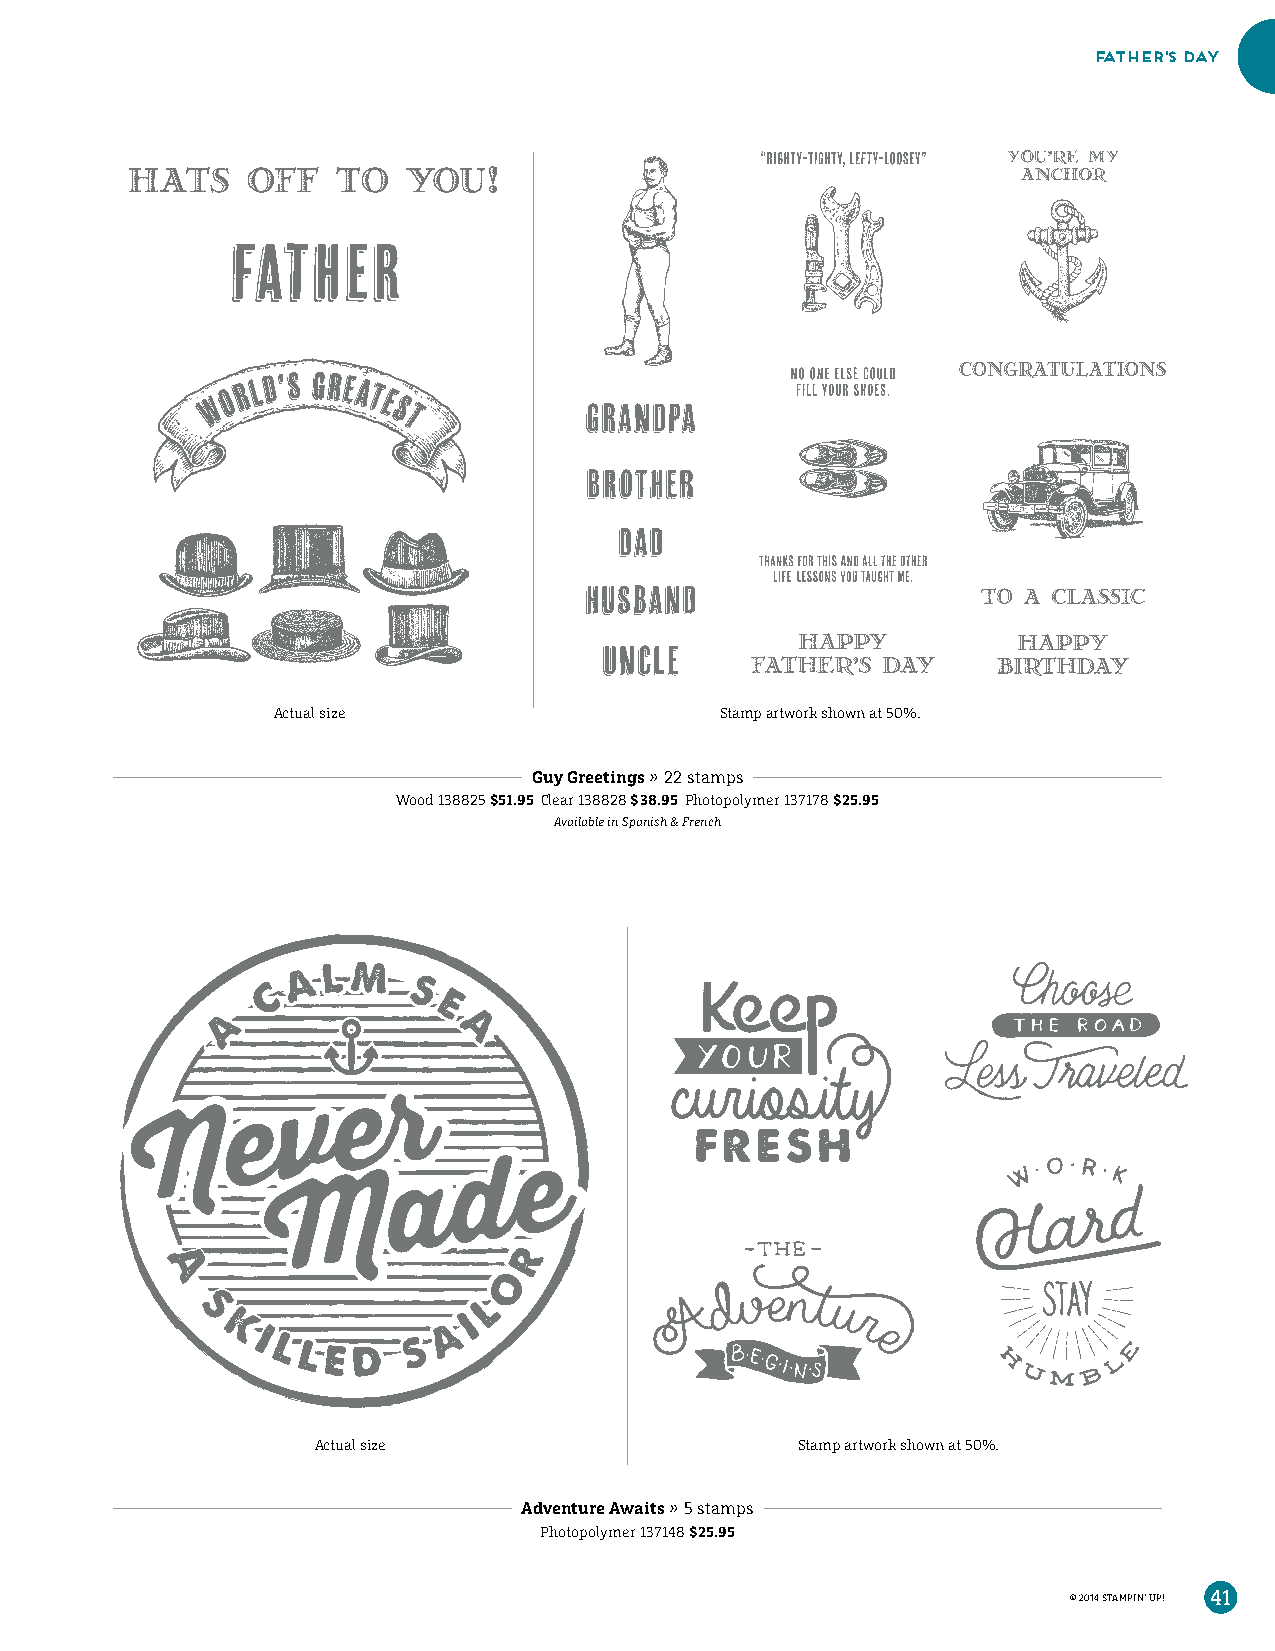
father’s day
 Actual size                   Stamp artwork shown at 50%.
 Guy Greetings » 22 stamps
 Wood 138825 $51.95 Clear 138828 $38.95 Photopolymer 137178 $25.95
 Available in Spanish & French
 Actual size                     Stamp artwork shown at 50%.
 Adventure Awaits » 5 stamps
 Photopolymer 137148 $25.95
 © 2014 STAMPIN’ UP! 41